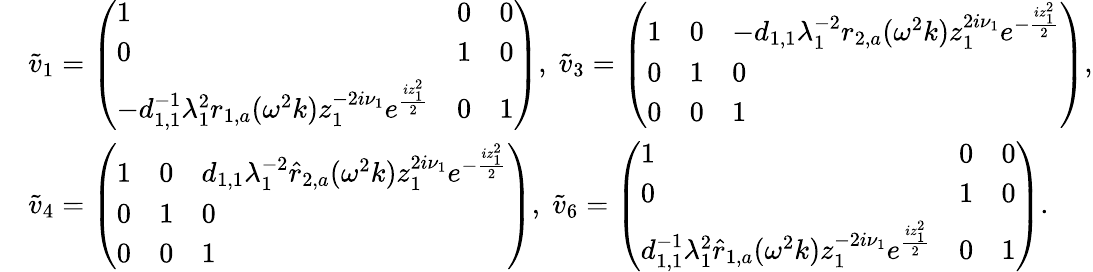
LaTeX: \begin{array}{rl}&{\tilde{v}_{1}=\left(\begin{array}{lll}{1}&{0}&{0}\\ {0}&{1}&{0}\\ {-d_{1,1}^{-1}\lambda_{1}^{2}r_{1,a}(\omega^{2}k)z_{1}^{-2i\nu_{1}}e^{\frac{iz_{1}^{2}}{2}}}&{0}&{1}\end{array}\right),\; \tilde{v}_{3}=\left(\begin{array}{lll}{1}&{0}&{-d_{1,1}\lambda_{1}^{-2}r_{2,a}(\omega^{2}k)z_{1}^{2i\nu_{1}}e^{-\frac{iz_{1}^{2}}{2}}}\\ {0}&{1}&{0}\\ {0}&{0}&{1}\end{array}\right),}\\ &{\tilde{v}_{4}=\left(\begin{array}{lll}{1}&{0}&{d_{1,1}\lambda_{1}^{-2}\hat{r}_{2,a}(\omega^{2}k)z_{1}^{2i\nu_{1}}e^{-\frac{iz_{1}^{2}}{2}}}\\ {0}&{1}&{0}\\ {0}&{0}&{1}\end{array}\right),\; \tilde{v}_{6}=\left(\begin{array}{lll}{1}&{0}&{0}\\ {0}&{1}&{0}\\ {d_{1,1}^{-1}\lambda_{1}^{2}\hat{r}_{1,a}(\omega^{2}k)z_{1}^{-2i\nu_{1}}e^{\frac{iz_{1}^{2}}{2}}}&{0}&{1}\end{array}\right).}\end{array}